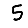
Digit: 5